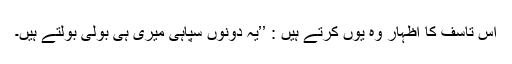
اس تاسف کا اظہار وہ یوں کرتے ہیں : ’’یہ دونوں سپاہی میری ہی بولی بولتے ہیں۔